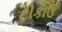
ટીકાઉ